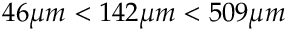
4 6 { \mu } m < 1 4 2 { \mu } m < 5 0 9 { \mu } m